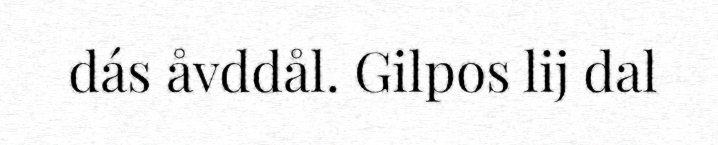
dás åvddål. Gilpos lij dal